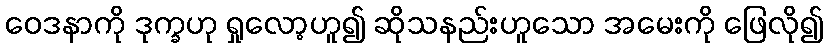
ဝေဒနာကို ဒုက္ခဟု ရှုလော့ဟူ၍ ဆိုသနည်းဟူသော အမေးကို ဖြေလို၍